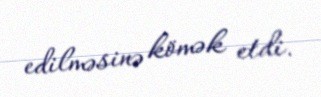
edilməsinə kömək etdi.